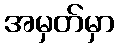
အမှတ်မှာ